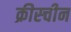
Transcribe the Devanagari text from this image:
क्रीस्चीन